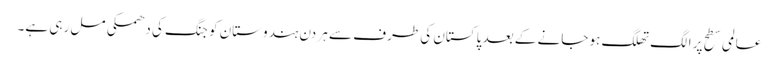
عالمی سطح پر الگ تھلگ ہو جانے کے بعد پاکستان کی طرف سے ہر دن ہندوستان کو جنگ کی دھمکی مل رہی ہے۔